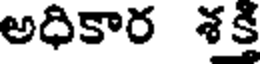
అధికార శక్తి